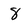
Character: 8